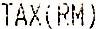
TAX(RM)